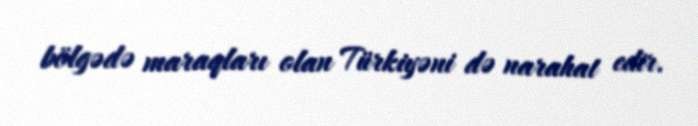
bölgədə maraqları olan Türkiyəni də narahat edir.